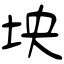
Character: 坱